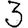
Digit: 3